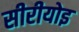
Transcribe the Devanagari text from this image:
सीरीयोइ